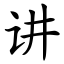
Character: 讲